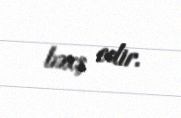
bəxş edir.